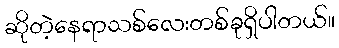
ဆိုတဲ့နေရာသစ်လေးတစ်ခုရှိပါတယ်။